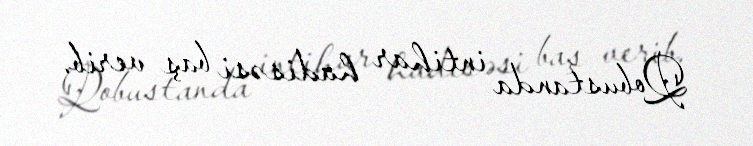
Qobustanda intihar hadisəsi baş verib.